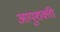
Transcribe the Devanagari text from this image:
आयुशक्ती